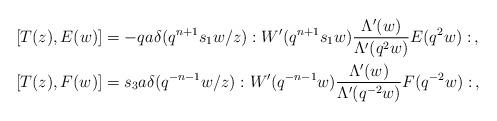
LaTeX: \begin{align*}&[T(z),E(w)]=-qa\delta(q^{n+1}s_1w/z):W'(q^{n+1}s_1w)\frac{\Lambda'(w)}{\Lambda'(q^2w)}E(q^2w):\,,\\&[T(z),F(w)]=s_3a\delta(q^{-n-1}w/z):W'(q^{-n-1}w)\frac{\Lambda'(w)}{\Lambda'(q^{-2}w)}F(q^{-2}w):\,,\end{align*}